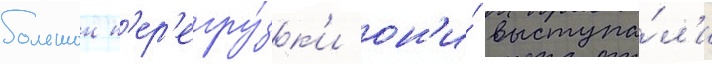
большои п'ер'егру́зк'и он'и́ выступа́л'и